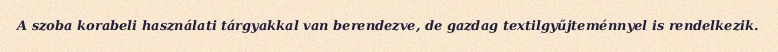
A szoba korabeli használati tárgyakkal van berendezve, de gazdag textilgyűjteménnyel is rendelkezik.